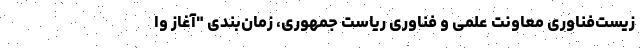
زیست‌فناوری معاونت علمی و فناوری ریاست جمهوری، زمان‌بندی "آغاز وا